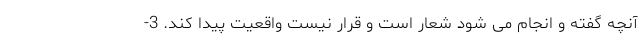
آنچه گفته و انجام می شود شعار است و قرار نیست واقعیت پیدا کند. 3-